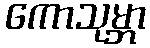
ကောသုမ္ဘာ